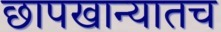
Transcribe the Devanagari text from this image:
छापखान्यातच